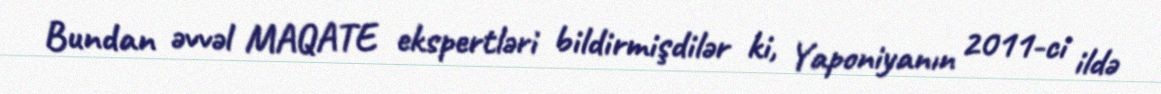
Bundan əvvəl MAQATE ekspertləri bildirmişdilər ki, Yaponiyanın 2011-ci ildə